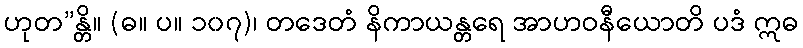
ဟုတ”န္တိ။ (ဓ။ ပ။ ၁၀၇)၊ တဒေတံ နိကာယန္တရေ အာဟဝနီယောတိ ပဒံ ဣဓ